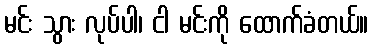
မင်း သွား လုပ်ပါ၊ ငါ မင်းကို ထောက်ခံတယ်။